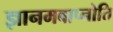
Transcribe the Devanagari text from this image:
ज्ञानमवाप्नोति